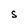
Character: S